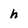
Character: h